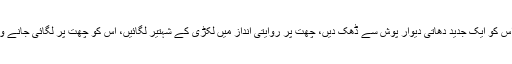
اس پر ایک دلچسپ، باقی جگہ سے مماثلت رکھتا رنگ کریں، اِس کو ایک جدید دھاتی دیوار پوش سے ڈھک دیں، چھت پر روایتی اندازِ میں لکڑی کے شہتیر لگائیں، اِس کو چھت پر لگائی جانے والی دھاتی ٹائلوں سے نمایاں کریں… بس اسے سفید نہ چھوڑیں۔